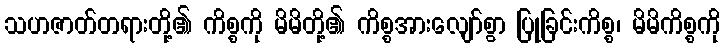
သဟဇာတ်တရားတို့၏ ကိစ္စကို မိမိတို့၏ ကိစ္စအားလျော်စွာ ပြုခြင်းကိစ္စ၊ မိမိကိစ္စကို